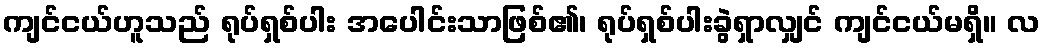
ကျင်ငယ်ဟူသည် ရုပ်ရှစ်ပါး အပေါင်းသာဖြစ်၏၊ ရုပ်ရှစ်ပါးခွဲရှာလျှင် ကျင်ငယ်မရှိ။ လ